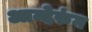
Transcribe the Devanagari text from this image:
आन्देरुंग